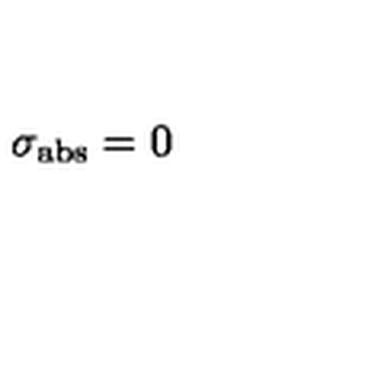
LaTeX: \sigma _ { \mathrm { a b s } } = 0